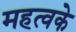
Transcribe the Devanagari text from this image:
महत्वके